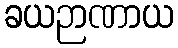
ခယဉာဏာယ